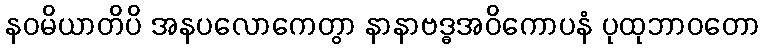
နဝမိယာတိပိ အနပလောကေတွာ နာနာဗဒ္ဓအဝိကောပနံ ပုထုဘာဝတော